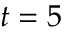
t = 5